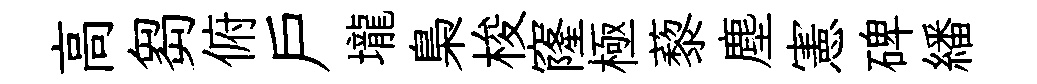
高芻俯户壠梟梭窿極藜塵憲碑繙